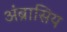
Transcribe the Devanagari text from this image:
अंब्रासिय